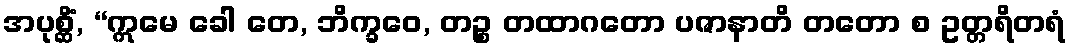
အပုစ္ဆိံ, “ဣမေ ခေါ တေ, ဘိက္ခဝေ, တဉ္စ တထာဂတော ပဇာနာတိ တတော စ ဥတ္တရိတရံ